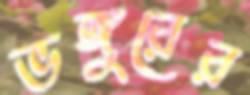
ভঙ্গুরের